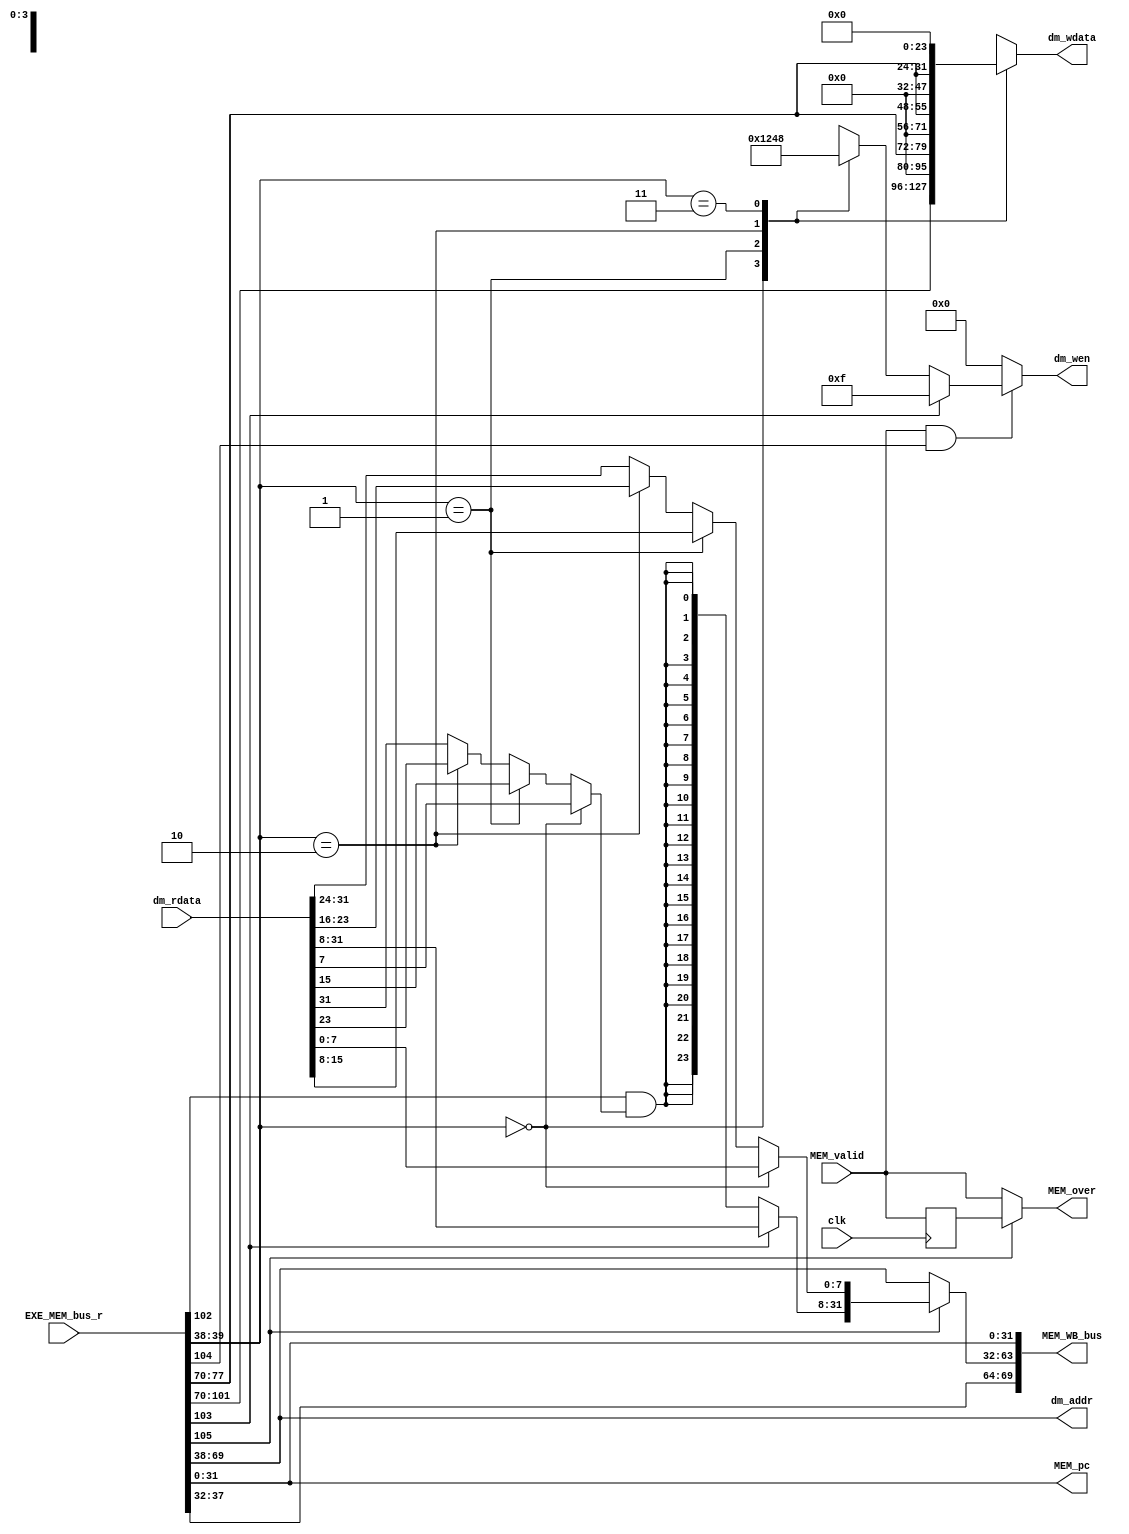
`timescale 1ns / 1ps
//*************************************************************************
//   > : mem.v
//   >   :CPU
//   >   : LOONGSON
//   >   : 2016-04-14
//*************************************************************************
module mem(                          // 
    input              clk,          // 
    input              MEM_valid,    // 
    input      [105:0] EXE_MEM_bus_r,// EXE->MEM
    input      [ 31:0] dm_rdata,     // 
    output     [ 31:0] dm_addr,      // 
    output reg [  3:0] dm_wen,       // 
    output reg [ 31:0] dm_wdata,     // 
    output             MEM_over,     // MEM
    output    [ 69:0] MEM_WB_bus,   // MEM->WB
    
    //PC
    output     [ 31:0] MEM_pc
);
//-----{EXE->MEM}begin
    //load/store
    wire [3 :0] mem_control;  //MEM
    wire [31:0] store_data;   //store
    
    //alu
    wire [31:0] alu_result;
    
    //
    wire       rf_wen;    //
    wire [4:0] rf_wdest;  //
    
    //pc
    wire [31:0] pc;    
    assign {mem_control,
            store_data,
            alu_result,
            rf_wen,
            rf_wdest,
            pc         } = EXE_MEM_bus_r;  
//-----{EXE->MEM}end

//-----{load/store}begin
    wire inst_load;  //load
    wire inst_store; //store
    wire ls_word;    //load/store,0:byte;1:word
    wire lb_sign;    //loadload
    assign {inst_load,inst_store,ls_word,lb_sign} = mem_control;

    //
    assign dm_addr = alu_result;
    
    //store
    always @ (*)    // 
    begin
        if (MEM_valid && inst_store) // ,store
        begin
            if (ls_word)
            begin
                dm_wen <= 4'b1111; // 1
            end
            else
            begin // SB
                case (dm_addr[1:0])
                    2'b00   : dm_wen <= 4'b0001;
                    2'b01   : dm_wen <= 4'b0010;
                    2'b10   : dm_wen <= 4'b0100;
                    2'b11   : dm_wen <= 4'b1000;
                    default : dm_wen <= 4'b0000;
                endcase
            end
        end
        else
        begin
            dm_wen <= 4'b0000;
        end
    end 
    
    //store
    always @ (*)  // SBstore
    begin
        case (dm_addr[1:0])
            2'b00   : dm_wdata <= store_data;
            2'b01   : dm_wdata <= {16'd0, store_data[7:0], 8'd0};
            2'b10   : dm_wdata <= {8'd0, store_data[7:0], 16'd0};
            2'b11   : dm_wdata <= {store_data[7:0], 24'd0};
            default : dm_wdata <= store_data;
        endcase
    end
    
     //load
     wire        load_sign;
     wire [31:0] load_result;
     assign load_sign = (dm_addr[1:0]==2'd0) ? dm_rdata[ 7] :
                        (dm_addr[1:0]==2'd1) ? dm_rdata[15] :
                        (dm_addr[1:0]==2'd2) ? dm_rdata[23] : dm_rdata[31] ;
     assign load_result[7:0] = (dm_addr[1:0]==2'd0) ? dm_rdata[ 7:0 ] :
                               (dm_addr[1:0]==2'd1) ? dm_rdata[15:8 ] :
                               (dm_addr[1:0]==2'd2) ? dm_rdata[23:16] :
                                                      dm_rdata[31:24] ;
     assign load_result[31:8]= ls_word ? dm_rdata[31:8] :
                                         {24{lb_sign & load_sign}};
//-----{load/store}end

//-----{MEM}begin
    //RAM,
    //load
    //load
    //memload
    //
    reg MEM_valid_r;
   always @(posedge clk)
    begin
        MEM_valid_r <= MEM_valid;
    end
    assign MEM_over = inst_load ? MEM_valid_r :MEM_valid;
    //ramMEM_validMEM_over
    //load
//-----{MEM}end

//-----{MEM->WB}begin
    wire [31:0] mem_result; //MEMWBresultloadALU
    assign mem_result = inst_load ? load_result : alu_result;
    
    assign MEM_WB_bus = {rf_wen,rf_wdest, // WB
                         mem_result,      // 
                         pc};             // PC
//-----{MEM->WB}begin

//-----{MEMPC}begin
    assign MEM_pc = pc;
//-----{MEMPC}end
endmodule